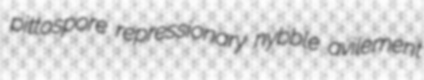
pittospore repressionary nybble avilement